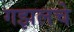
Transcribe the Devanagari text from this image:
गझलचे